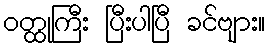
ဝတ္ထုကြီး ပြီးပါပြီ ခင်ဗျား။